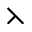
\leftthreetimes